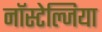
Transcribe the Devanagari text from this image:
नॉस्टेल्जिया